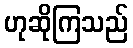
ဟုဆိုကြသည်